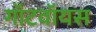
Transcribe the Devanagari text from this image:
गॉटवॉयस